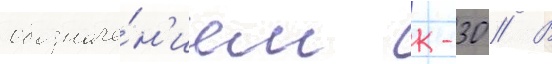
обозначе́н'ием к-30 // В